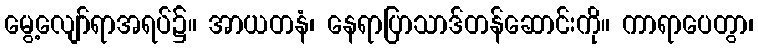
မွေ့လျော်ရာအရပ်၌။ အာယတနံ၊ နေရာပြာသာဒ်တန်ဆောင်းကို။ ကာရာပေတွာ၊